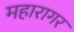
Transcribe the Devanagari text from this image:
महारागर